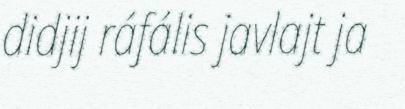
didjij ráfális javlajt ja